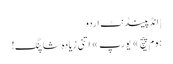
| انڈپینڈنٹ اردو
ہوم پیچ » یورپ » اتنی زیادہ شاپنگ!